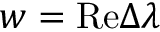
w = \mathrm { R e } \Delta \lambda